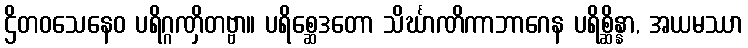
ဌိတဝသေနေဝ ပရိဂ္ဂဏှိတဗ္ဗာ။ ပရိစ္ဆေဒတော သိင်္ဃာဏိကာဘာဂေန ပရိစ္ဆိန္နာ, အယမဿာ